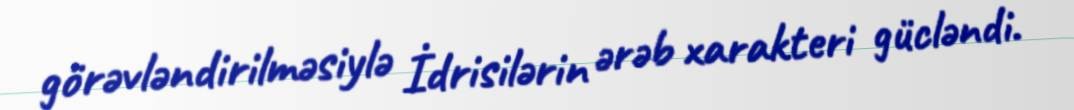
görəvləndirilməsiylə İdrisilərin ərəb xarakteri gücləndi.